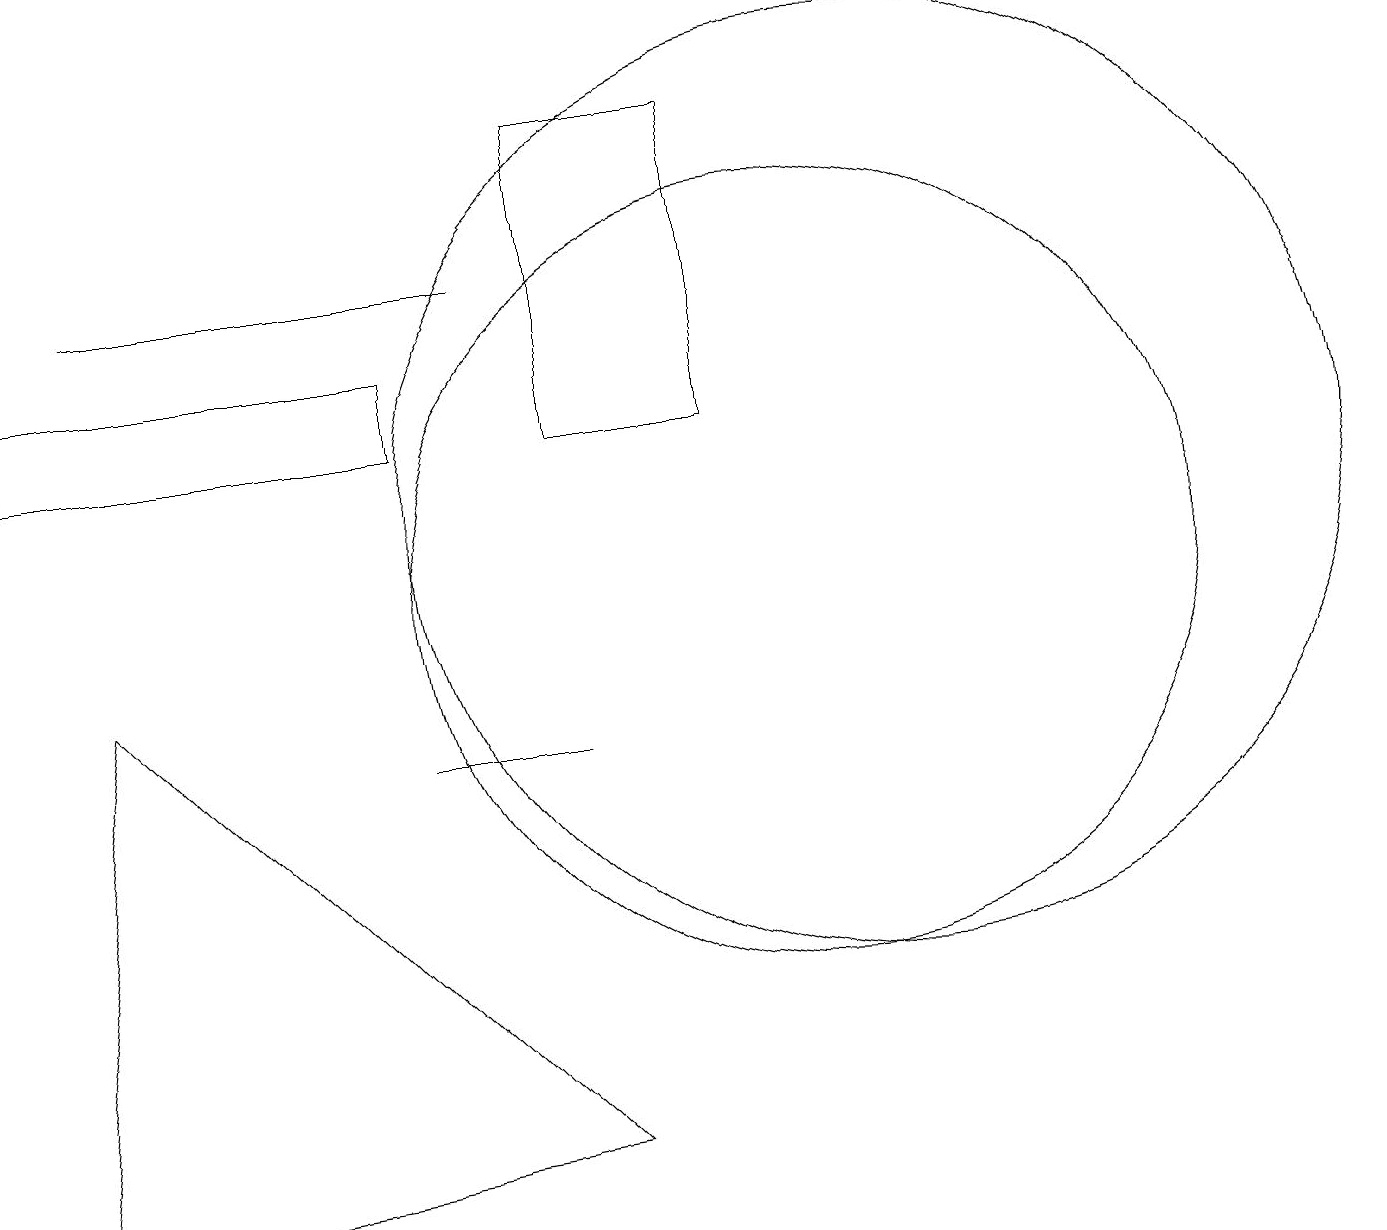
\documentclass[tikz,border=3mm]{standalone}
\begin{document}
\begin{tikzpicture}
\draw (1,9) -- (0,2) -- (7,3) -- cycle;
\draw (11,11) circle (6);
\draw (6,14) rectangle (1,14);
\draw (7,8) -- (5,8) -- (6,8) -- cycle;
\draw (10,10) circle (5);
\draw (0,13) rectangle (5,12);
\draw (9,16) rectangle (7,12);
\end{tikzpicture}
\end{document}